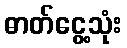
ဓာတ်ငွေ့သုံး